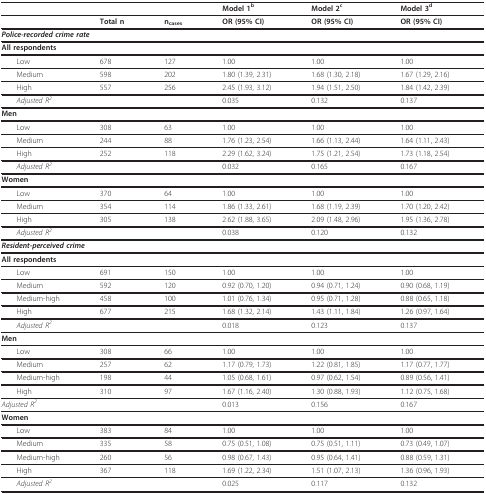
<table><thead><tr><td></td><td></td><td></td><td><b>Model 1<sup>b</sup></b></td><td><b>Model 2<sup>c</sup></b></td><td><b>Model 3<sup>d</sup></b></td></tr></thead><tbody><tr><td></td><td><b>Total n</b></td><td><b>n</b><sub><b>cases</b></sub></td><td><b>OR (95% CI)</b></td><td><b>OR (95% CI)</b></td><td><b>OR (95% CI)</b></td></tr><tr><td colspan="6"><b><i>Police-recorded crime rate</i></b></td></tr><tr><td colspan="6"><b>All respondents</b></td></tr><tr><td> Low</td><td>678</td><td>127</td><td>1.00</td><td>1.00</td><td>1.00</td></tr><tr><td> Medium</td><td>598</td><td>202</td><td>1.80 (1.39, 2.31)</td><td>1.68 (1.30, 2.18)</td><td>1.67 (1.29, 2.16)</td></tr><tr><td> High</td><td>557</td><td>256</td><td>2.45 (1.93, 3.12)</td><td>1.94 (1.51, 2.50)</td><td>1.84 (1.42, 2.39)</td></tr><tr><td> <i>Adjusted R</i><sup><i>2</i></sup></td><td></td><td></td><td>0.035</td><td>0.132</td><td>0.137</td></tr><tr><td colspan="6"><b>Men</b></td></tr><tr><td> Low</td><td>308</td><td>63</td><td>1.00</td><td>1.00</td><td>1.00</td></tr><tr><td> Medium</td><td>244</td><td>88</td><td>1.76 (1.23, 2.54)</td><td>1.66 (1.13, 2.44)</td><td>1.64 (1.11, 2.43)</td></tr><tr><td> High</td><td>252</td><td>118</td><td>2.29 (1.62, 3.24)</td><td>1.75 (1.21, 2.54)</td><td>1.73 (1.18, 2.54)</td></tr><tr><td> <i>Adjusted R</i><sup><i>2</i></sup></td><td></td><td></td><td>0.032</td><td>0.165</td><td>0.167</td></tr><tr><td colspan="6"><b>Women</b></td></tr><tr><td> Low</td><td>370</td><td>64</td><td>1.00</td><td>1.00</td><td>1.00</td></tr><tr><td> Medium</td><td>354</td><td>114</td><td>1.86 (1.33, 2.61)</td><td>1.68 (1.19, 2.39)</td><td>1.70 (1.20, 2.42)</td></tr><tr><td> High</td><td>305</td><td>138</td><td>2.62 (1.88, 3.65)</td><td>2.09 (1.48, 2.96)</td><td>1.95 (1.36, 2.78)</td></tr><tr><td> <i>Adjusted R</i><sup><i>2</i></sup></td><td></td><td></td><td>0.038</td><td>0.120</td><td>0.132</td></tr><tr><td colspan="6"><b><i>Resident-perceived crime</i></b></td></tr><tr><td colspan="6"><b>All respondents</b></td></tr><tr><td> Low</td><td>691</td><td>150</td><td>1.00</td><td>1.00</td><td>1.00</td></tr><tr><td> Medium</td><td>592</td><td>120</td><td>0.92 (0.70, 1.20)</td><td>0.94 (0.71, 1.24)</td><td>0.90 (0.68, 1.19)</td></tr><tr><td> Medium-high</td><td>458</td><td>100</td><td>1.01 (0.76, 1.34)</td><td>0.95 (0.71, 1.28)</td><td>0.88 (0.65, 1.18)</td></tr><tr><td> High</td><td>677</td><td>215</td><td>1.68 (1.32, 2.14)</td><td>1.43 (1.11, 1.84)</td><td>1.26 (0.97, 1.64)</td></tr><tr><td> <i>Adjusted R</i><sup><i>2</i></sup></td><td></td><td></td><td>0.018</td><td>0.123</td><td>0.137</td></tr><tr><td colspan="6"><b>Men</b></td></tr><tr><td> Low</td><td>308</td><td>66</td><td>1.00</td><td>1.00</td><td>1.00</td></tr><tr><td> Medium</td><td>257</td><td>62</td><td>1.17 (0.79, 1.73)</td><td>1.22 (0.81, 1.85)</td><td>1.17 (0.77, 1.77)</td></tr><tr><td> Medium-high</td><td>198</td><td>44</td><td>1.05 (0.68, 1.61)</td><td>0.97 (0.62, 1.54)</td><td>0.89 (0.56, 1.41)</td></tr><tr><td> High</td><td>310</td><td>97</td><td>1.67 (1.16, 2.40)</td><td>1.30 (0.88, 1.93)</td><td>1.12 (0.75, 1.68)</td></tr><tr><td><i>Adjusted R</i><sup><i>2</i></sup></td><td></td><td></td><td>0.013</td><td>0.156</td><td>0.167</td></tr><tr><td colspan="6"><b>Women</b></td></tr><tr><td> Low</td><td>383</td><td>84</td><td>1.00</td><td>1.00</td><td>1.00</td></tr><tr><td> Medium</td><td>335</td><td>58</td><td>0.75 (0.51, 1.08)</td><td>0.75 (0.51, 1.11)</td><td>0.73 (0.49, 1.07)</td></tr><tr><td> Medium-high</td><td>260</td><td>56</td><td>0.98 (0.67, 1.43)</td><td>0.95 (0.64, 1.41)</td><td>0.88 (0.59, 1.31)</td></tr><tr><td> High</td><td>367</td><td>118</td><td>1.69 (1.22, 2.34)</td><td>1.51 (1.07, 2.13)</td><td>1.36 (0.96, 1.93)</td></tr><tr><td> <i>Adjusted R</i><sup><i>2</i></sup></td><td></td><td></td><td>0.025</td><td>0.117</td><td>0.132</td></tr></tbody></table>